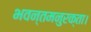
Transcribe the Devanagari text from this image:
भवन्तमनुरक्ता।